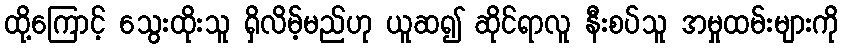
ထို့ကြောင့် သွေးထိုးသူ ရှိလိမ့်မည်ဟု ယူဆ၍ ဆိုင်ရာလူ နီးစပ်သူ အမှုထမ်းများကို